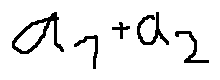
a _ { 1 } + a _ { 2 }